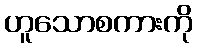
ဟူသောစကားကို